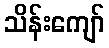
သိန်းကျော်